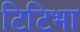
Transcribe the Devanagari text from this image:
टिटिभा